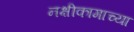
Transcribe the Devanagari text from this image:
नक्षीकामाच्या